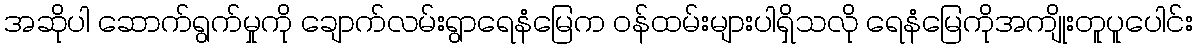
အဆိုပါ ဆောက်ရွက်မှုကို ချောက်လမ်းရွာရေနံမြေက ဝန်ထမ်းများပါရှိသလို ရေနံမြေကိုအကျိုးတူပူပေါင်း